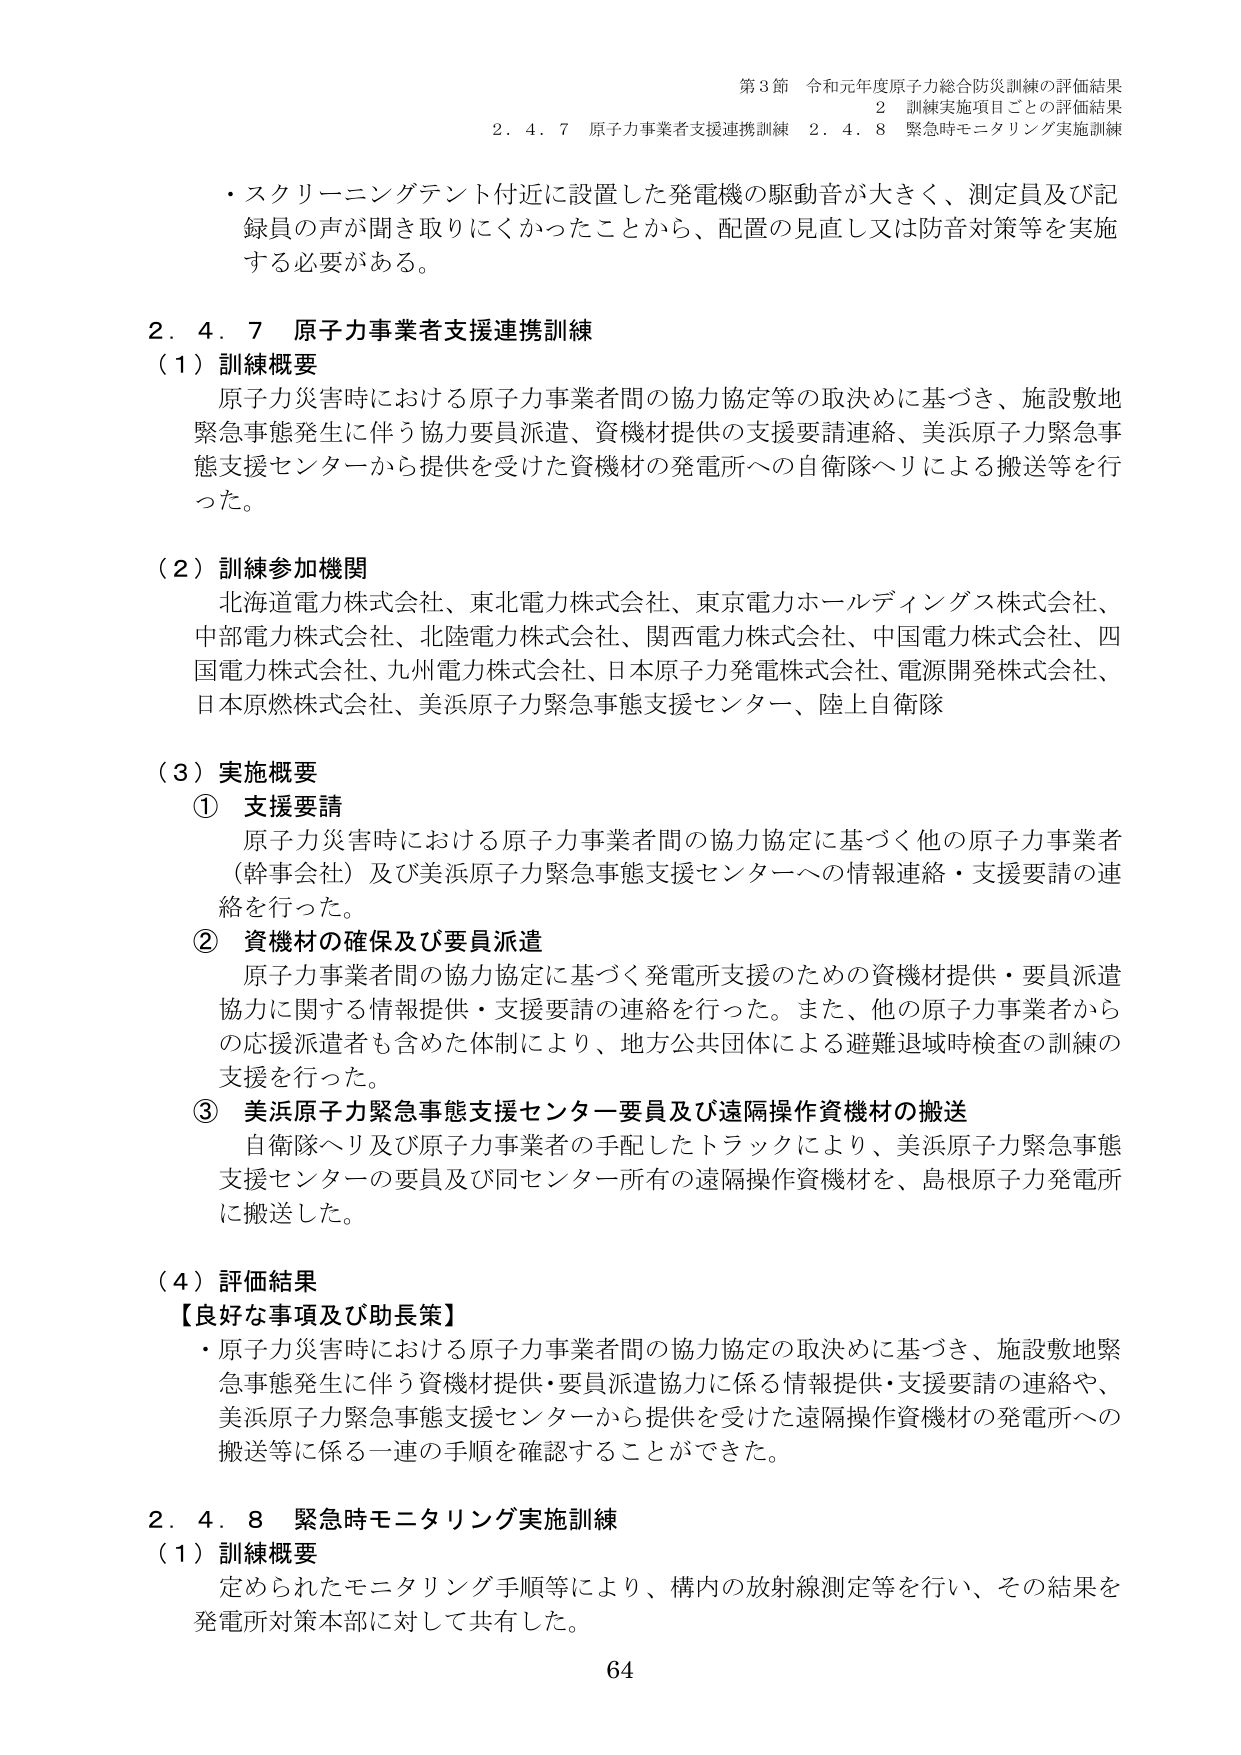
第3節 令和元年度原子力総合防災訓練の評価結果
2 訓練実施項目ごとの評価結果
2.4.7 原子力事業者支援連携訓練 2.4.8 緊急時モニタリング実施訓練

・スクリーニングテント付近に設置した発電機の駆動音が大きく、測定員及び記録員の声が聞き取りにくかったことから、配置の見直し又は防音対策等を実施する必要がある。

2.4.7 原子力事業者支援連携訓練
（1）訓練概要
原子力災害時における原子力事業者間の協力協定等の取決めに基づき、施設敷地緊急事態発生に伴う協力要員派遣、資機材提供の支援要請連絡、美浜原子力緊急事態支援センターから提供を受けた資機材の発電所への自衛隊ヘリによる搬送等を行った。

（2）訓練参加機関
北海道電力株式会社、東北電力株式会社、東京電力ホールディングス株式会社、中部電力株式会社、北陸電力株式会社、関西電力株式会社、中国電力株式会社、四国電力株式会社、九州電力株式会社、日本原子力発電株式会社、電源開発株式会社、日本原燃株式会社、美浜原子力緊急事態支援センター、陸上自衛隊

（3）実施概要
① 支援要請
原子力災害時における原子力事業者間の協力協定に基づく他の原子力事業者（幹事会社）及び美浜原子力緊急事態支援センターへの情報連絡・支援要請の連絡を行った。

② 資機材の確保及び要員派遣
原子力事業者間の協力協定に基づく発電所支援のための資機材提供・要員派遣協力に関する情報提供・支援要請の連絡を行った。また、他の原子力事業者からの応援派遣者も含めた体制により、地方公共団体による避難退域時検査の訓練の支援を行った。

③ 美浜原子力緊急事態支援センター要員及び遠隔操作資機材の搬送
自衛隊ヘリ及び原子力事業者の手配したトラックにより、美浜原子力緊急事態支援センターの要員及び同センター所有の遠隔操作資機材を、島根原子力発電所に搬送した。

（4）評価結果
【良好な事項及び助長策】
・原子力災害時における原子力事業者間の協力協定の取決めに基づき、施設敷地緊急事態発生に伴う資機材提供・要員派遣協力に係る情報提供・支援要請の連絡や、美浜原子力緊急事態支援センターから提供を受けた遠隔操作資機材の発電所への搬送等に係る一連の手順を確認することができた。

2.4.8 緊急時モニタリング実施訓練
（1）訓練概要
定められたモニタリング手順等により、構内の放射線測定等を行い、その結果を発電所対策本部に対して共有した。

64